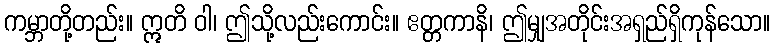
ကမ္ဘာတို့တည်း။ ဣတိ ဝါ၊ ဤသို့လည်းကောင်း။ ဧတ္တကာနိ၊ ဤမျှအတိုင်းအရှည်ရှိကုန်သော။